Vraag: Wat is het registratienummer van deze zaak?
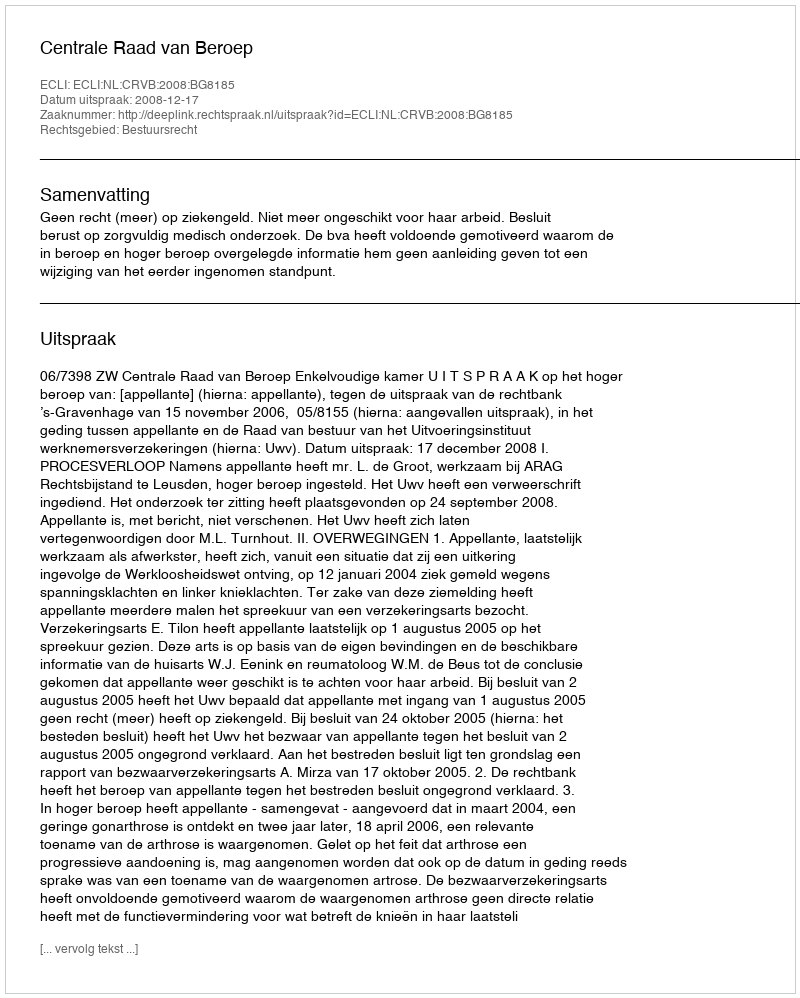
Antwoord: http://deeplink.rechtspraak.nl/uitspraak?id=ECLI:NL:CRVB:2008:BG8185